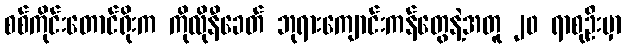
စစ်ကိုင်းတောင်ရိုးက ကိုလိုနီခေတ် ဘုရားကျောင်းကန်တွေနဲ့အတူ ၂၀ ရာစုဦးမှာ